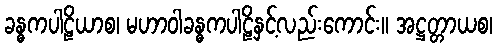
ခန္ဓကပါဠိယာစ၊ မဟာဝါခန္ဓကပါဠိနှင့်လည်းကောင်း။ အဋ္ဌတ္တာယစ၊